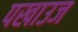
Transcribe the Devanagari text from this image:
पखाउज